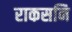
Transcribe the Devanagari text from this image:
राकसनि